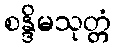
စန္ဒိမသုတ္တံ